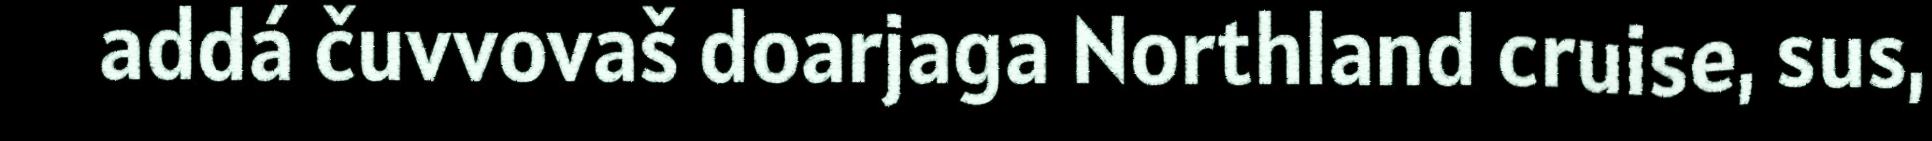
addá čuvvovaš doarjaga Northland cruise, sus,